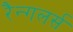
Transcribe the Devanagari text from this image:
रैन्गलर्स